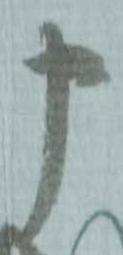
申